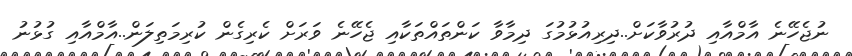
ނުޖެހޭނެ އާމްއާއި ދުރުވާކަށް..ދިރިއުޅުމުގަ ދިމާވާ ކަންތައްތަކާއި ޖެހޭނެ ވަރަށް ކެރިގެން ކުރިމަތިލަން..އާމްއާއި ގުޅުނު